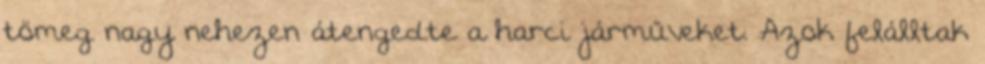
tömeg nagy nehezen átengedte a harci járműveket. Azok felálltak